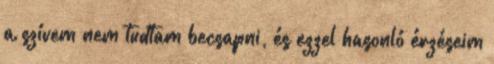
a szívem nem tudtam becsapni, és ezzel hasonló érzéseim